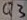
Text: Q3